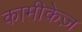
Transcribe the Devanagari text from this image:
कामीकेज़